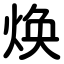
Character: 焕